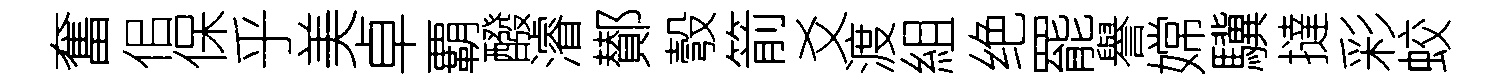
奮佀保乎美卓覇醱濬鄼彀箭爻渡組绝罷譽嫦驥撻彩蛟